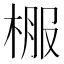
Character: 棴